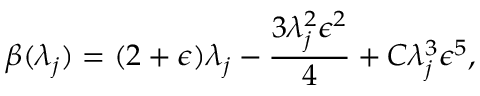
\beta ( \lambda _ { j } ) = ( 2 + \epsilon ) \lambda _ { j } - \frac { 3 \lambda _ { j } ^ { 2 } \epsilon ^ { 2 } } { 4 } + C \lambda _ { j } ^ { 3 } \epsilon ^ { 5 } ,